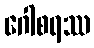
ဂေါစရဿ